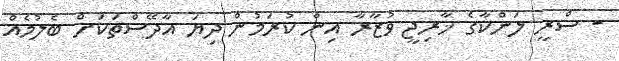
- ސްރީ ލަންކާގެ ޚާރިޖީ ވުޒާރާ އިން ކުރަމުން ދިޔަ އާދޭސްތަކަށް ބެލުމެއް